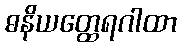
ဓနိယတ္ထေရဂါထာ